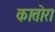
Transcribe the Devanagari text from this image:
कातोरा